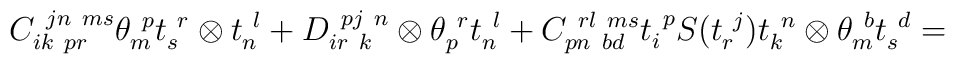
C_{ik~pr}^{~jn~ms}\theta _{m}^{~p}t_{s}^{~r}\otimes t_{n}^{~l}+D_{ir~k}^{~pj~n}\otimes \theta _{p}^{~r}t_{n}^{~l}+C_{pn~bd}^{~rl~ms}t_{i}^{~p}S(t_{r}^{~j})t_{k}^{~n}\otimes\theta _{m}^{~b}t_{s}^{~d}=